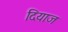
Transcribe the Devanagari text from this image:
दियाज